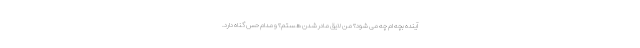
آینده بچه ام چه می شود؟ من لایق مادر شدن هستم؟ و مدام حس گناه دارد.